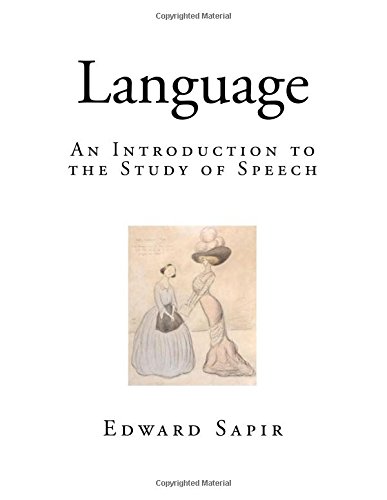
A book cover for Language: An Introduction to the Study of Speech; Edward Sapir; Literature & Fiction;